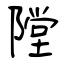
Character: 隚